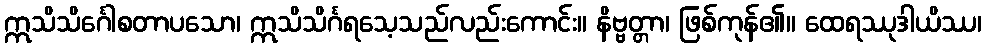
ဣသိသိင်္ဂေါစတာပသော၊ ဣသိသိင်္ဂရသေ့သည်လည်းကောင်း။ နိဗ္ဗတ္တာ၊ ဖြစ်ကုန်၏။ ထေရဿုဒါယိဿ၊